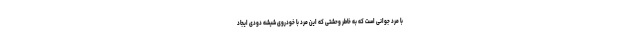
با مرد جوانی است که به خاطر وحشتی که این مرد با خودروی شیشه دودی ایجاد